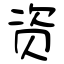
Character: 资